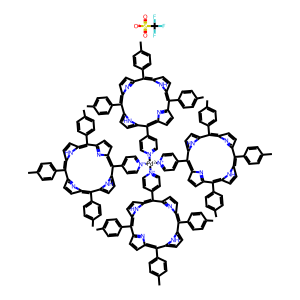
SMILES: Cc1ccc(-c2c3ccc(n3)c(-c3ccc(C)cc3)c3ccc([nH]3)c(-c3cc[n+]([Pd-2]([n+]4ccc(-c5c6ccc(n6)c(-c6ccc(C)cc6)c6ccc([nH]6)c(-c6ccc(C)cc6)c6ccc(n6)c(-c6ccc(C)cc6)c6ccc5[nH]6)cc4)([n+]4ccc(-c5c6ccc(n6)c(-c6ccc(C)cc6)c6ccc([nH]6)c(-c6ccc(C)cc6)c6ccc(n6)c(-c6ccc(C)cc6)c6ccc5[nH]6)cc4)[n+]4ccc(-c5c6ccc(n6)c(-c6ccc(C)cc6)c6ccc([nH]6)c(-c6ccc(C)cc6)c6ccc(n6)c(-c6ccc(C)cc6)c6ccc5[nH]6)cc4)cc3)c3ccc(n3)c(-c3ccc(C)cc3)c3ccc2[nH]3)cc1.O=S(=O)([O-])C(F)(F)F
Inhibits HIV replication: No